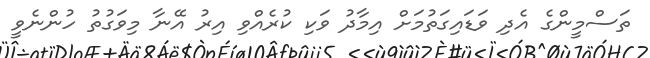
ތަސްމީންގެ އެދި ވަޑައިގަތުމަށް އިމާދު ވަކި ކުރެއްވި އިރު އޭނާ މިވަގުތު ހުންނެވީ